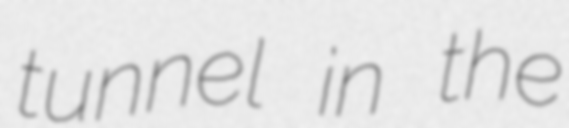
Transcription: tunnel in the